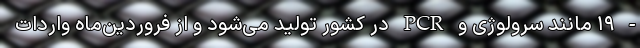
- ۱۹ مانند سرولوژی و PCR در کشور تولید می‌شود و از فروردین‌ماه واردات